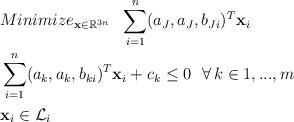
LaTeX: \begin{align*} & Minimize_{\mathbf{x}\in\mathbb{R}^{3n}}\ \ \sum\limits_{i=1}^n(a_J,a_J,b_{Ji})^T\mathbf{x}_i\\ &\sum\limits_{i=1}^n(a_k,a_k,b_{ki})^T\mathbf{x}_i+c_k\le0\ \ \forall\,k\in{1,...,m}\\ & \mathbf{x}_i\in\mathcal{L}_i \end{align*}